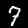
Digit: 7